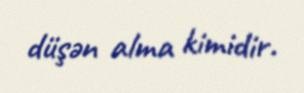
düşən alma kimidir.